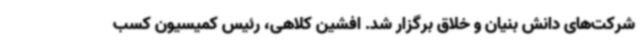
شرکت‌های دانش بنیان و خلاق برگزار شد. افشین کلاهی، رئیس کمیسیون کسب